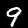
Label: 9